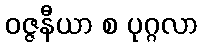
ဝဇ္ဇနီယာ စ ပုဂ္ဂလာ